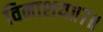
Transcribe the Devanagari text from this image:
विनाशय॥७॥